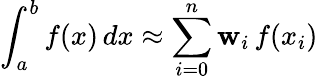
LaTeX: \int_{a}^{b}f(x)\, dx\approx\sum_{i=0}^{n}\mathbf{w}_{i}\, f(x_{i})